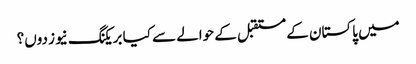
میں پاکستان کے مستقبل کے حوالے سے کیا بریکنگ نیوز دوں؟